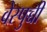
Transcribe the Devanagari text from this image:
वेस्पुच्ची